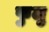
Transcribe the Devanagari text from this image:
फुलु